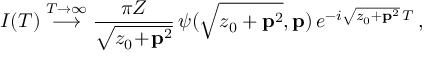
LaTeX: I ( T ) \stackrel { T \to \infty } { \longrightarrow } \frac { \pi Z } { \sqrt { z _ { 0 } \! + \! { \bf p } ^ { 2 } } } \, \psi ( \sqrt { z _ { 0 } + { \bf p } ^ { 2 } } , { \bf p } ) \, e ^ { - i \sqrt { z _ { 0 } + { \bf p } ^ { 2 } } \, T } \, ,